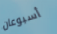
أسبوعان